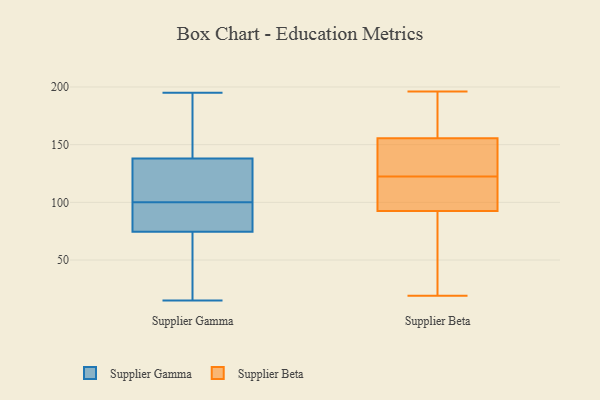
{"axis": {"x": "Energy Usage (MWh)", "y": "Value"}, "legend": ["Supplier Beta", "Supplier Gamma"], "data": [{"x": "", "y": 95, "type": "Supplier Gamma"}, {"x": "", "y": 116, "type": "Supplier Gamma"}, {"x": "", "y": 47, "type": "Supplier Gamma"}, {"x": "", "y": 76, "type": "Supplier Gamma"}, {"x": "", "y": 77, "type": "Supplier Gamma"}, {"x": "", "y": 106, "type": "Supplier Gamma"}, {"x": "", "y": 74, "type": "Supplier Gamma"}, {"x": "", "y": 178, "type": "Supplier Gamma"}, {"x": "", "y": 195, "type": "Supplier Gamma"}, {"x": "", "y": 15, "type": "Supplier Gamma"}, {"x": "", "y": 15, "type": "Supplier Gamma"}, {"x": "", "y": 100, "type": "Supplier Gamma"}, {"x": "", "y": 139, "type": "Supplier Gamma"}, {"x": "", "y": 135, "type": "Supplier Gamma"}, {"x": "", "y": 163, "type": "Supplier Gamma"}, {"x": "", "y": 69, "type": "Supplier Beta"}, {"x": "", "y": 118, "type": "Supplier Beta"}, {"x": "", "y": 19, "type": "Supplier Beta"}, {"x": "", "y": 138, "type": "Supplier Beta"}, {"x": "", "y": 151, "type": "Supplier Beta"}, {"x": "", "y": 168, "type": "Supplier Beta"}, {"x": "", "y": 196, "type": "Supplier Beta"}, {"x": "", "y": 97, "type": "Supplier Beta"}, {"x": "", "y": 96, "type": "Supplier Beta"}, {"x": "", "y": 160, "type": "Supplier Beta"}, {"x": "", "y": 190, "type": "Supplier Beta"}, {"x": "", "y": 37, "type": "Supplier Beta"}, {"x": "", "y": 76, "type": "Supplier Beta"}, {"x": "", "y": 187, "type": "Supplier Beta"}, {"x": "", "y": 89, "type": "Supplier Beta"}, {"x": "", "y": 127, "type": "Supplier Beta"}, {"x": "", "y": 97, "type": "Supplier Beta"}, {"x": "", "y": 97, "type": "Supplier Beta"}, {"x": "", "y": 140, "type": "Supplier Beta"}, {"x": "", "y": 137, "type": "Supplier Beta"}]}